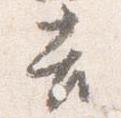
吉